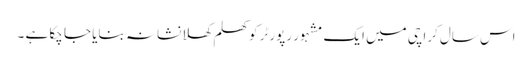
اس سال کراچی میں ایک مشہور رپورٹر کو کھلم کھلا نشانہ بنایا جا چکا ہے ۔